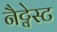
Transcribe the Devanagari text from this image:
नैट्वेस्ट